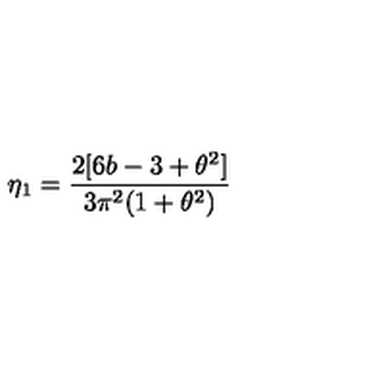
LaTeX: \eta _ { 1 } = \frac { 2 [ 6 b - 3 + \theta ^ { 2 } ] } { 3 \pi ^ { 2 } ( 1 + \theta ^ { 2 } ) }